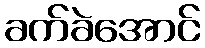
ခက်ခဲအောင်